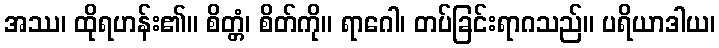
အဿ၊ ထိုရဟန်း၏။ စိတ္တံ၊ စိတ်ကို။ ရာဂေါ၊ တပ်ခြင်းရာဂသည်။ ပရိယာဒါယ၊